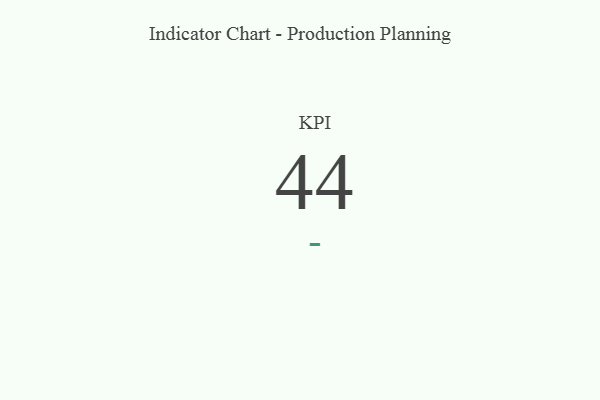
{"axis": {"x": "KPI", "y": "Value"}, "legend": [""], "data": [{"x": "KPI", "y": 44, "type": ""}]}